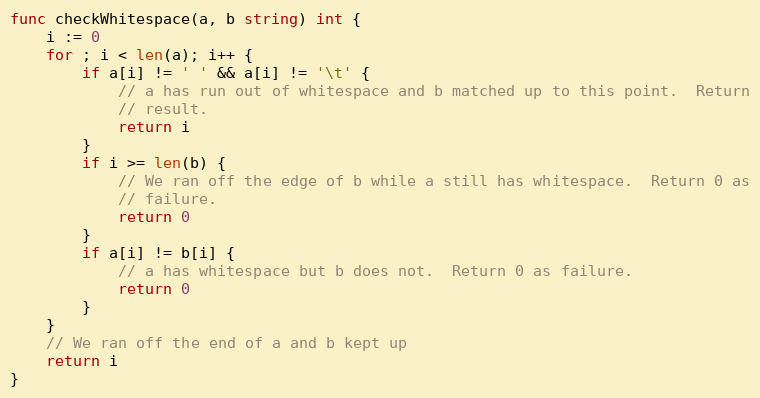
Language: Go
func checkWhitespace(a, b string) int {
	i := 0
	for ; i < len(a); i++ {
		if a[i] != ' ' && a[i] != '\t' {
			// a has run out of whitespace and b matched up to this point.  Return
			// result.
			return i
		}
		if i >= len(b) {
			// We ran off the edge of b while a still has whitespace.  Return 0 as
			// failure.
			return 0
		}
		if a[i] != b[i] {
			// a has whitespace but b does not.  Return 0 as failure.
			return 0
		}
	}
	// We ran off the end of a and b kept up
	return i
}